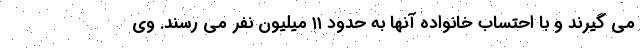
می گیرند و با احتساب خانواده آنها به حدود ۱۱ میلیون نفر می رسند. وی